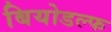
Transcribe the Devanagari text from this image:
बियोडल्फ